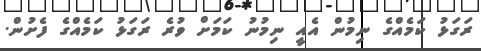
ރަގަޅު ކަމެއްގެ ނިމުން އެއީ ނިމުނު ކަމަށް ވުރެ ރަގަޅު ކަމެއްގެ ފެށުން.